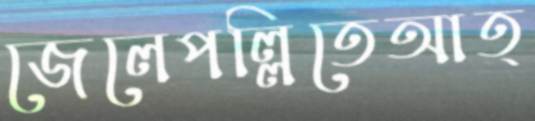
জেলেপল্লিতেআত্